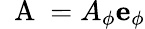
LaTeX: \mathrm{~\mathbf~A~}=A_{\phi}{\mathbf e}_{\phi}